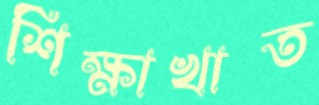
শিক্ষাখাত